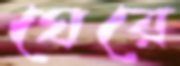
ঘেরে